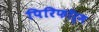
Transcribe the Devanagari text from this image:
पिरिफॉर्म